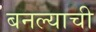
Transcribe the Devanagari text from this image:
बनल्याची